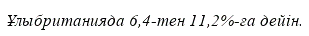
Ұлыбританияда 6,4-тен 11,2%-ға дейін.